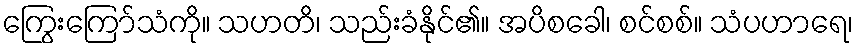
ကြွေးကြော်သံကို။ သဟတိ၊ သည်းခံနိုင်၏။ အပိစခေါ၊ စင်စစ်။ သံပဟာရေ၊